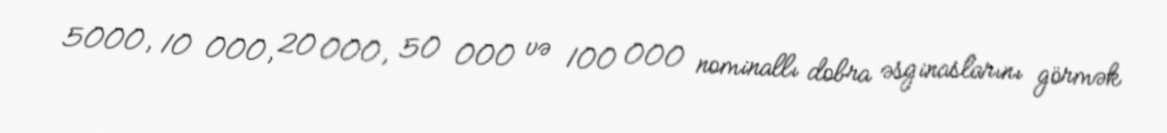
5000, 10 000, 20 000, 50 000 və 100 000 nominallı dobra əsginaslarını görmək